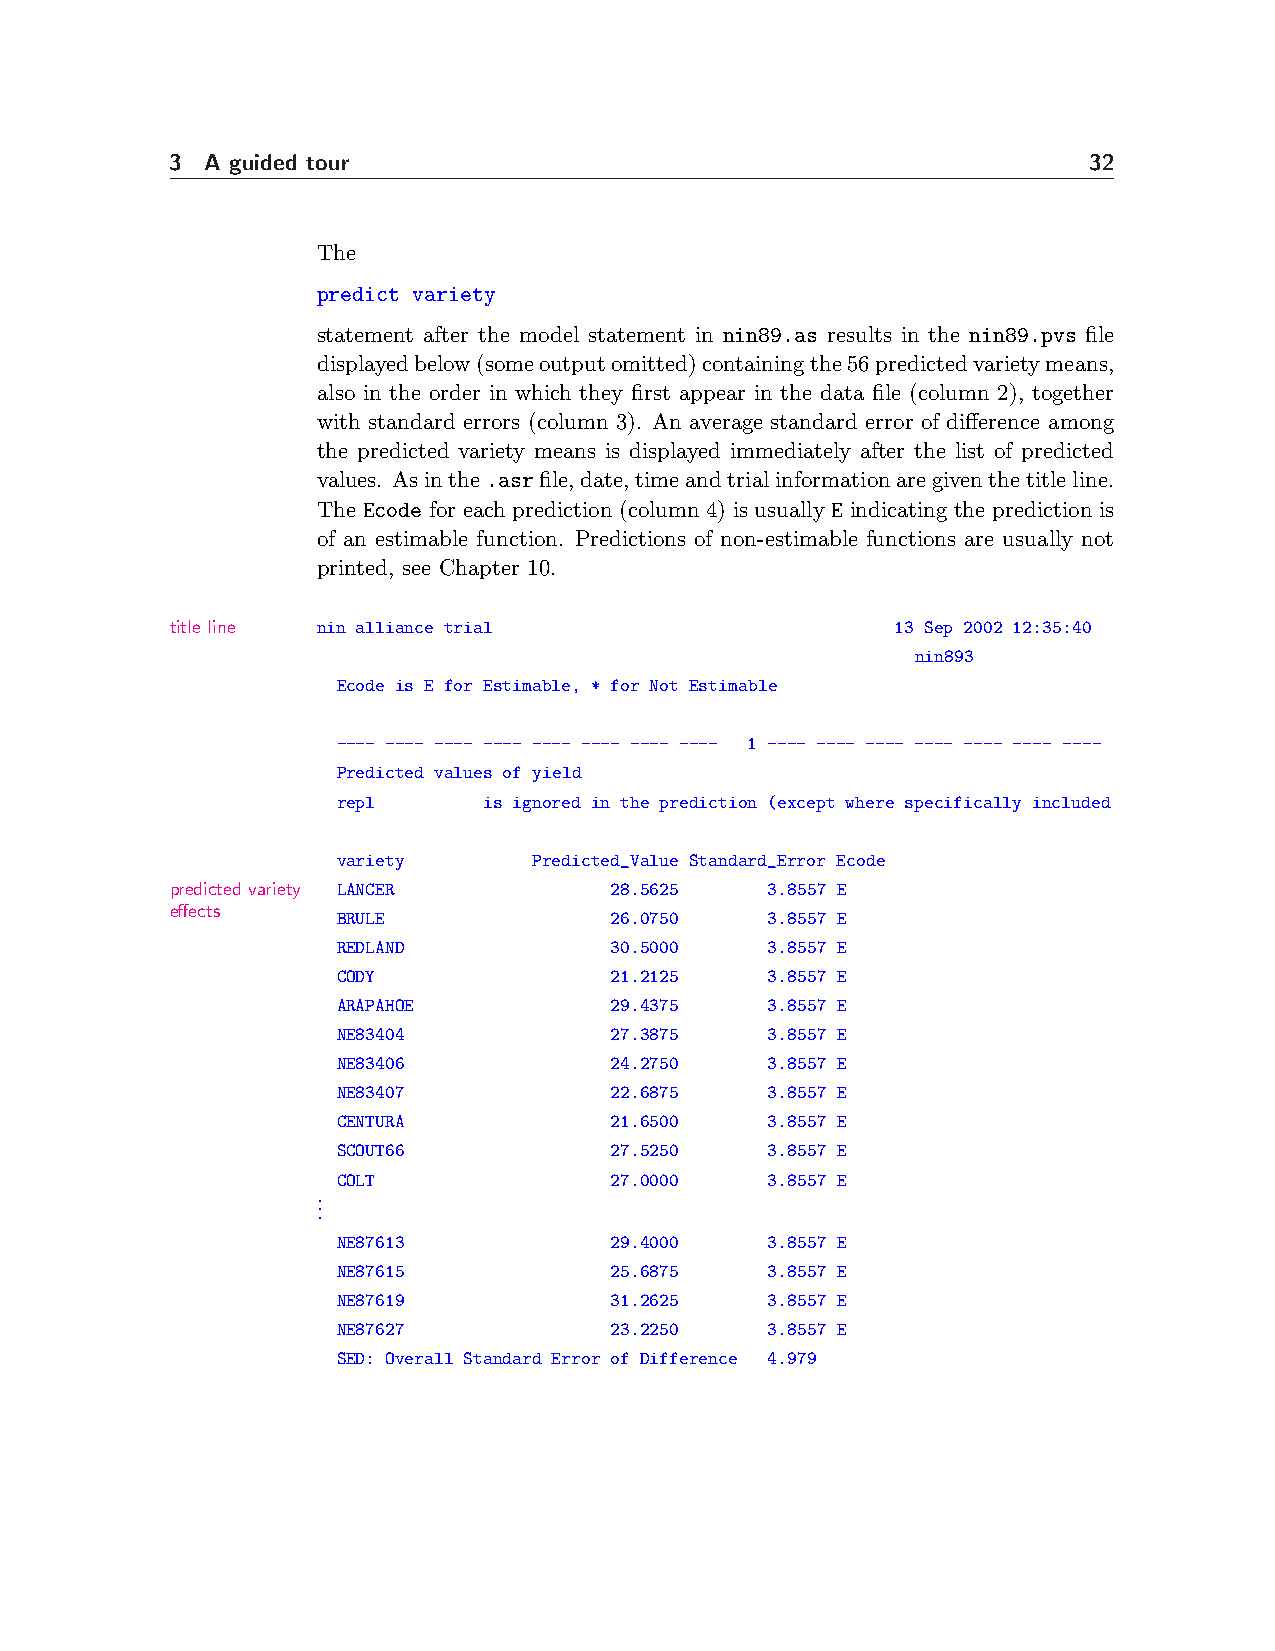
3  A guided tour                                             32
 The
 predict variety
 statement after the model statement in nin89.as results in the nin89.pvs file
 displayedbelow(someoutputomitted)containingthe56predictedvarietymeans,
 also in the order in which they first appear in the data file (column 2), together
 with standard errors (column 3). An average standard error of difference among
 the predicted variety means is displayed immediately after the list of predicted
 values. Asinthe.asrfile,date,timeandtrialinformationaregiventhetitleline.
 The Ecode for each prediction (column 4) is usually E indicating the prediction is
 of an estimable function. Predictions of non-estimable functions are usually not
 printed, see Chapter 10.
 title line nin alliance trial                   13 Sep 2002 12:35:40
 nin893
 Ecode is E for Estimable, * for Not Estimable
 ---- ---- ---- ---- ---- ---- ---- ---- 1 ---- ---- ---- ---- ---- ---- ----
 Predicted values of yield
 repl      is ignored in the prediction (except where specifically included
 variety      Predicted_Value Standard_Error Ecode
 predicted variety LANCER     28.5625    3.8557 E
 effects
 BRULE             26.0750    3.8557 E
 REDLAND           30.5000    3.8557 E
 CODY              21.2125    3.8557 E
 ARAPAHOE          29.4375    3.8557 E
 NE83404           27.3875    3.8557 E
 NE83406           24.2750    3.8557 E
 NE83407           22.6875    3.8557 E
 CENTURA           21.6500    3.8557 E
 SCOUT66           27.5250    3.8557 E
 COLT              27.0000    3.8557 E
 .
 .
 .
 NE87613           29.4000    3.8557 E
 NE87615           25.6875    3.8557 E
 NE87619           31.2625    3.8557 E
 NE87627           23.2250    3.8557 E
 SED: Overall Standard Error of Difference 4.979